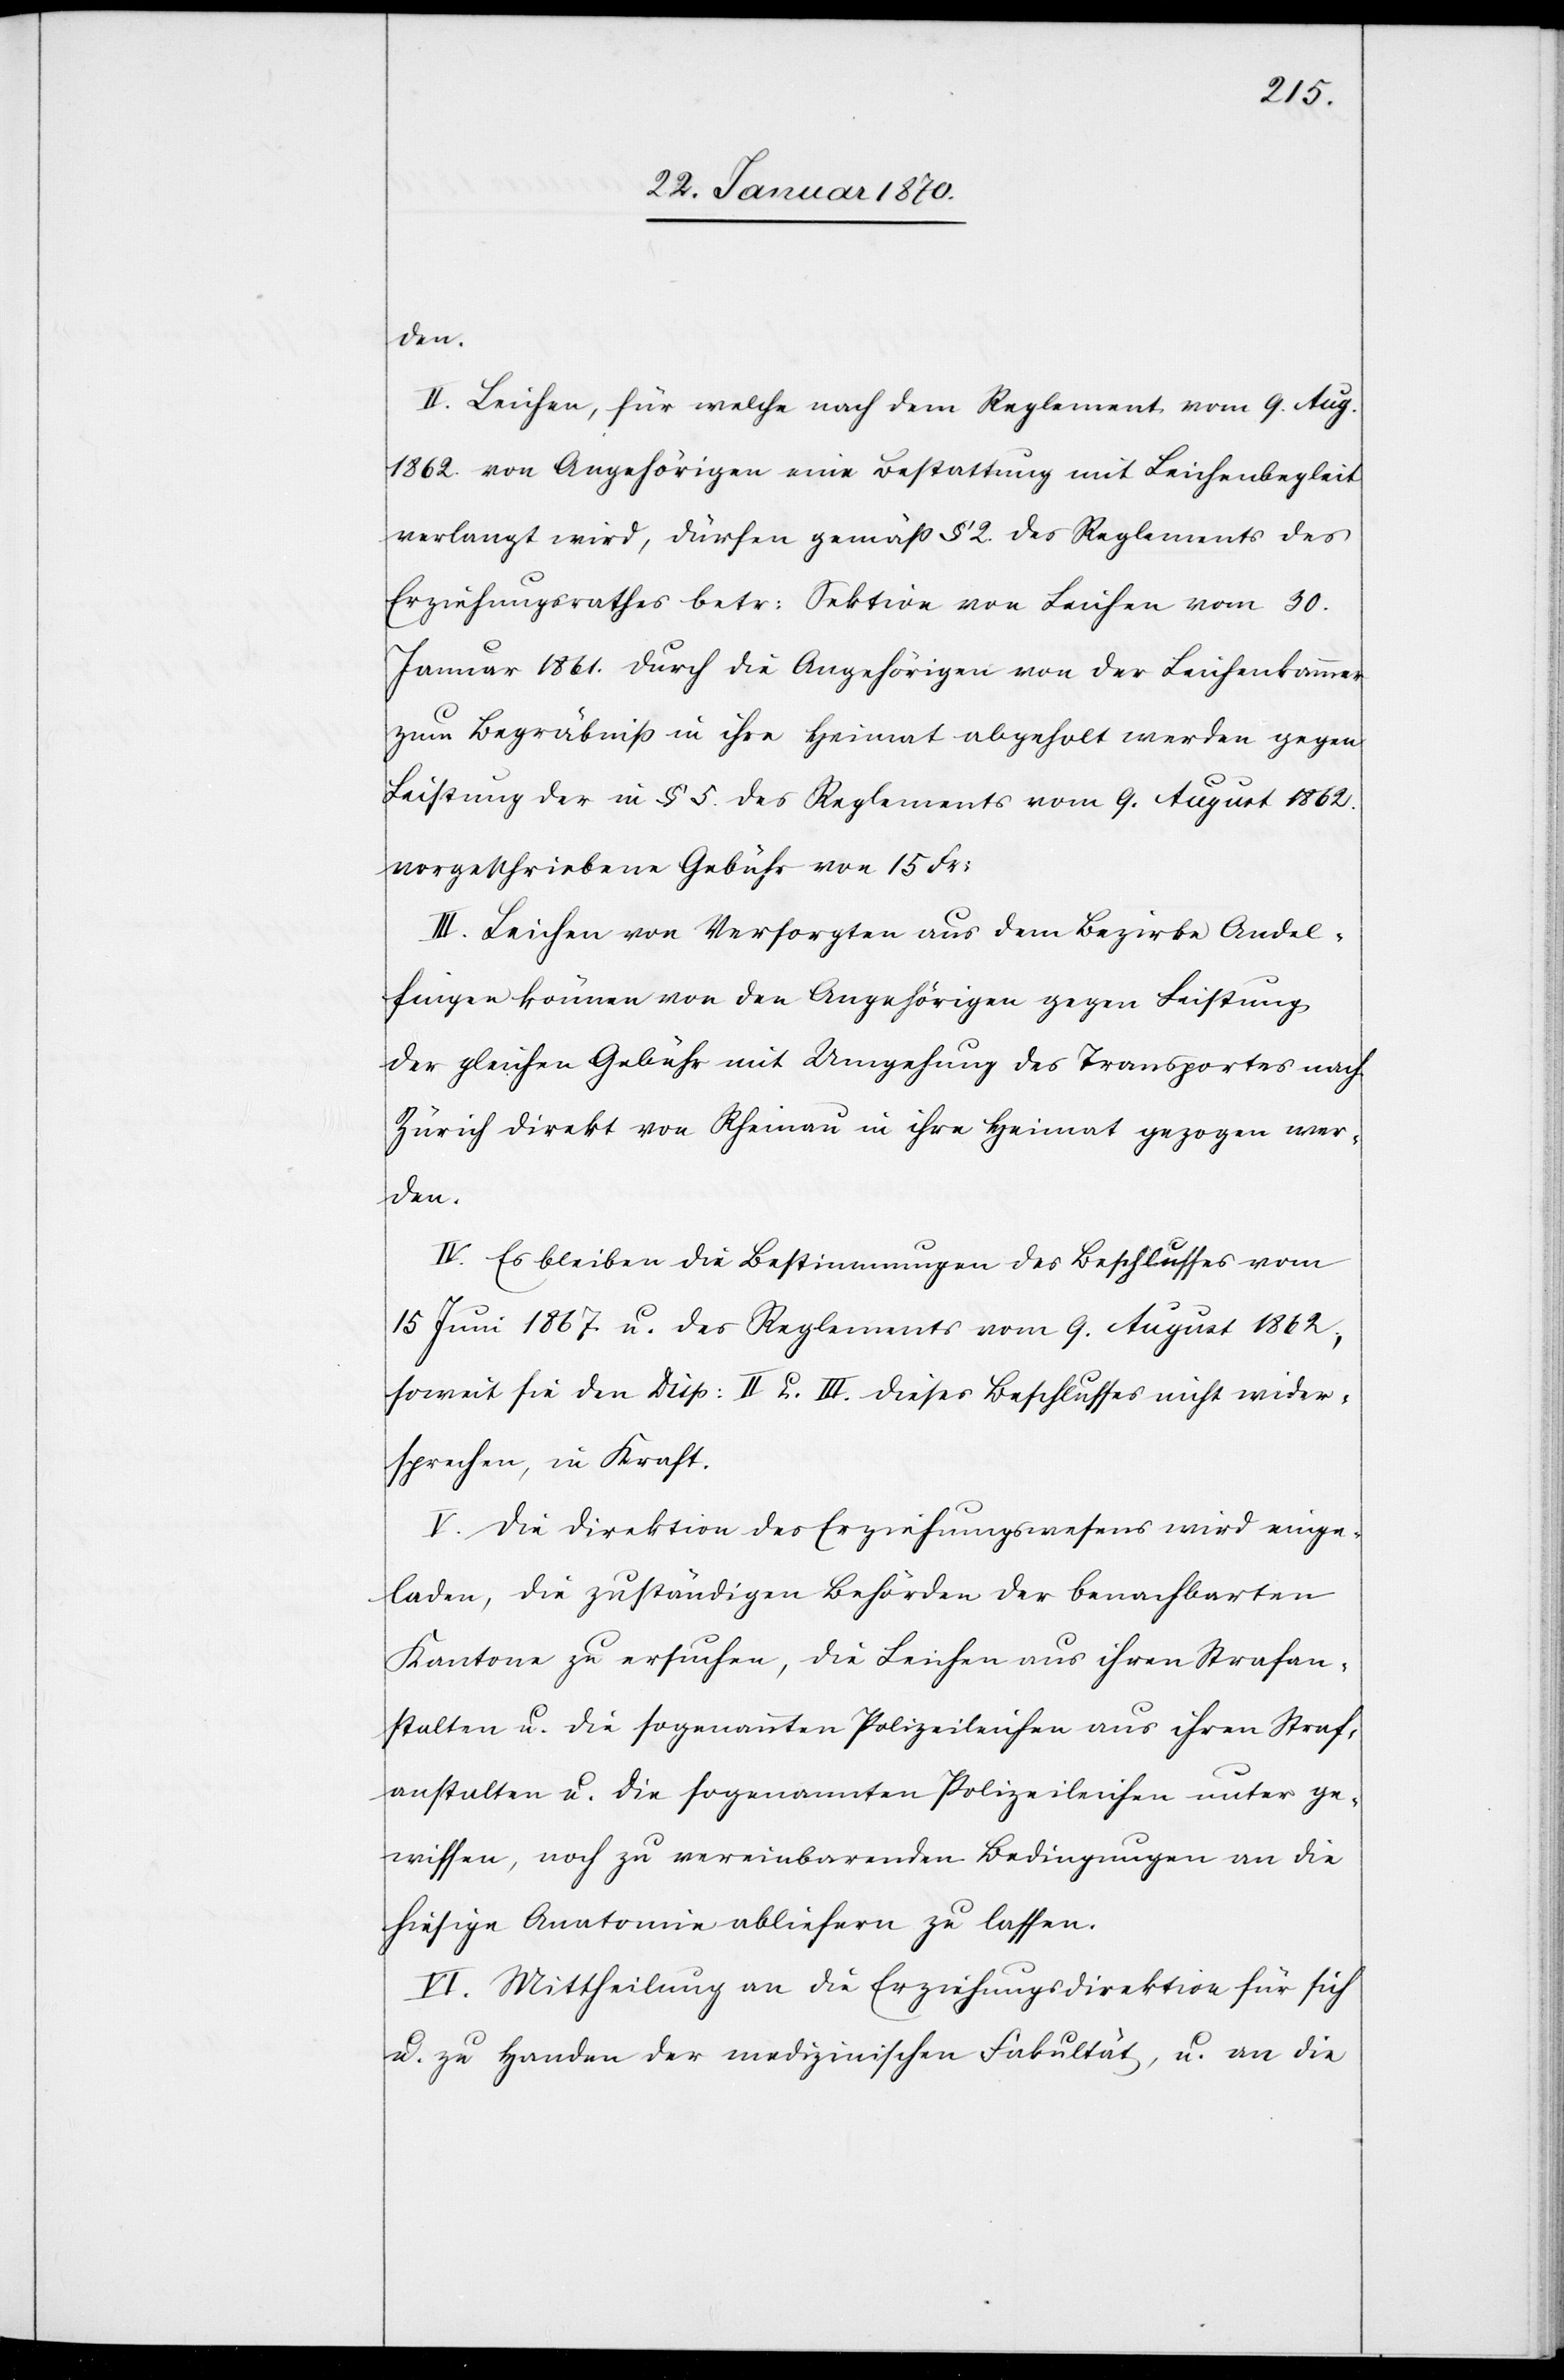
den.
II. Leichen, für welche nach dem Reglement vom 9. Aug.
1862 von Angehörigen eine Bestattung mit Leichenbegleit
verlangt wird, dürfen gemäß § 2. des Reglements des
Erziehungsrathes betr: Sektion von Leichen vom 30.
Januar 1861. durch die Angehörigen von der Leichenkammer
zum Begräbniß in ihre Heimat abgeholt werden gegen
Leistung der in § 5. des Reglements vom 9. August 1862
vorgeschriebene Gebühr von 15. Fr:
III. Leichen von Versorgten aus dem Bezirke Andel¬
fingen können von den Angehörigen gegen Leistung
der gleichen Gebühr mit Umgehung des Transportes nach
Zürich direkt von Rheinau in ihre Heimat gezogen wer¬
den.
IV. Es bleiben die Bestimmungen des Beschlusses vom
15 Juni 1867. u. des Reglements vom 9. August 1862,
soweit sie den Disp: II. u. III. dieses Beschlusses nicht wider¬
sprechen, in Kraft.
V. Die Direktion des Erziehungswesens wird einge¬
laden, die zuständigen Behörden der benachbarten
Kantone zu ersuchen, die Leichen aus ihren Strafan¬
stalten u. die sogenannten Polizeileichen aus ihren Straf¬
anstalten u. die sogenannten Polizeileichen [sic!] unter ge¬
wissen, noch zu vereinbarenden Bedingungen an die
hiesige Anatomie abliefern zu lassen.
VI. Mittheilung an die Erziehungsdirektion für sich
u. zu Handen. der medizinischen Fakultät, u. an die